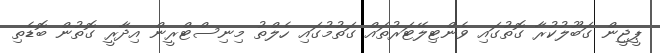
ޕީޖީން ގަބޫލުކުރާ ގޮތުގައި ވެންޓިލޭޓަރުތައް ގަތުމުގައި ހެލްތު މިނިސްޓްރީން އިދާރީ ގޮތުން ބޮޑެތި